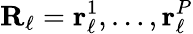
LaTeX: {\mathbf R}_{\ell}={\mathbf r}_{\ell}^{1},\ldots,{\mathbf r}_{\ell}^{P}